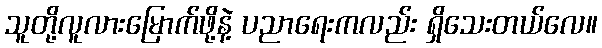
သူတို့လူလားမြောက်ဖို့နဲ့ ပညာရေးကလည်း ရှိသေးတယ်လေ။